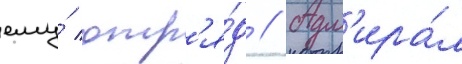
ему́ отр'я́д // Адм'ира́л